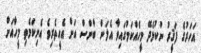
އަހަރުގެ ފަޤީރު ނުކުޅެދޭ މީހެއްކަމުގައިވާ އެލަން ބާންސް އަށް އެހީތެރިވެ އެނިކަމެތި މީހާއަށް